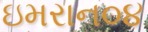
ઇમરાન૦૪